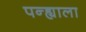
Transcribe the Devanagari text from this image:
पन्ह्याला